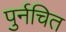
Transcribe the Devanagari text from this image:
पुर्नचित